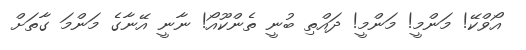
އޯވްކޭ! މަންމީ! މަންމީ! ދައްތި ބުނީ ތެންކޫއޯ! ނާނީ އޭނާގެ މަންމަ ގާތަށް